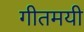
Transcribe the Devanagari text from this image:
गीतमयी